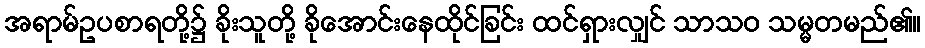
အရာမ်ဥပစာရတို့၌ ခိုးသူတို့ ခိုအောင်းနေထိုင်ခြင်း ထင်ရှားလျှင် သာသဝ သမ္မတမည်၏။